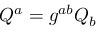
Q ^ { a } = g ^ { a b } Q _ { b }